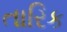
તારિક